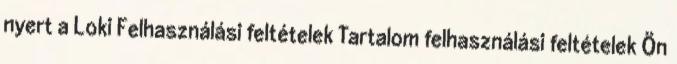
nyert a Loki Felhasználási feltételek Tartalom felhasználási feltételek Ön